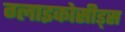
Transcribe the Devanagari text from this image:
ग्लाइकोसीड्स